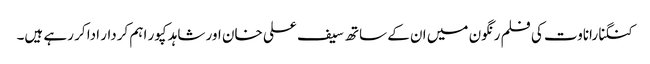
کنگنا راناوت کی فلم رنگون میں ان کے ساتھ سیف علی خان اور شاہد کپور اہم کردار ادا کر رہے ہیں۔